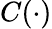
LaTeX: C(\cdot)